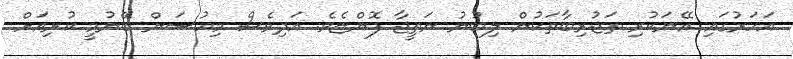
އަހަރުގައި އޭނަކުރި ތަޖުރިބާތަކުން ލިބުނު ނަތީޖާ ފޮންޏެވެ. އަދިވެސް މިއުސަން ބޭނުމީ ކުރިއަށް